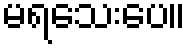
မရသေးပေ။